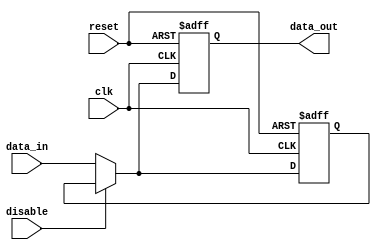
module DisableBlock (
    input wire clk,               // Clock signal
    input wire reset,             // Asynchronous reset signal
    input wire disable,           // Control signal to disable the block
    input wire [N-1:0] data_in,   // Input data
    output reg [N-1:0] data_out   // Output data
);
    parameter N = 8;              // Width of the data bus
    reg [N-1:0] last_valid_output; // Register to hold the last valid output

    always @(posedge clk or posedge reset) begin
        if (reset) begin
            data_out <= {N{1'b0}}; // Reset output to zero
            last_valid_output <= {N{1'b0}}; // Reset last valid output
        end else if (disable) begin
            data_out <= last_valid_output; // Maintain last valid output
        end else begin
            // Process input data and update output
            data_out <= data_in;          // Normal operation
            last_valid_output <= data_in; // Update last valid output
        end
    end
endmodule